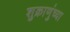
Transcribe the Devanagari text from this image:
शुक्राणुंच्या